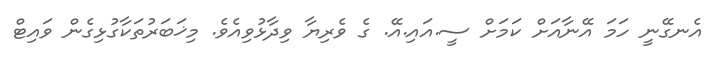
އެނގޭނީ ހަމަ އޭނާއަށް ކަމަށް ސީ.އައި.އޭ. ގެ ވެރިޔާ ވިދާޅުވިއެވެ. މިޚަބަރުތަކާގުޅިގެން ވައިޓް